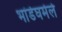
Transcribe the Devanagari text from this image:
भांडेघमेले